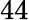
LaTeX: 44